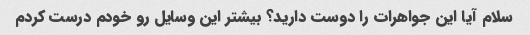
سلام آیا این جواهرات را دوست دارید؟ بیشتر این وسایل رو خودم درست کردم